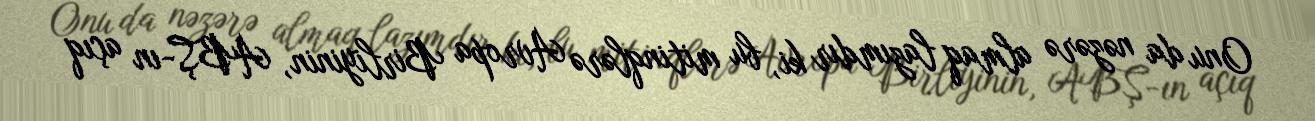
Onu da nəzərə almaq lazımdır ki, bu mitinqlərə Avropa Birliyinin, ABŞ-ın açıq